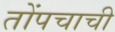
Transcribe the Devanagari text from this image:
तोंपचाची